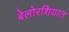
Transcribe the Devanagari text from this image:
बेलोरशियात